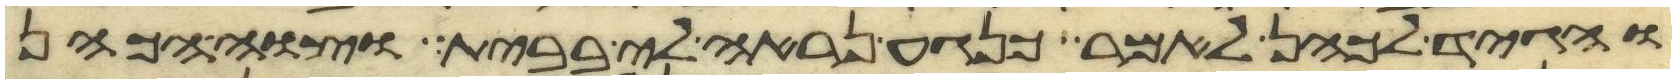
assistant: והגיד לכהן לאמר כנגע נראה לי בבית וצוה הכהן